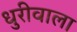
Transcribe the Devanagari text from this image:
धुरीवाला